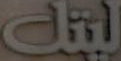
ليتك